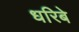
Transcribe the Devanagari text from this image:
धरिबे